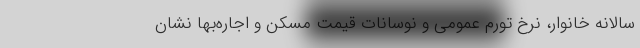
سالانه خانوار، نرخ تورم عمومی و نوسانات قیمت مسکن و اجاره‌بها نشان